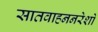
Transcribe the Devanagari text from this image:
सातवाहननरेशों